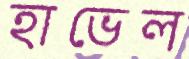
হাভেল